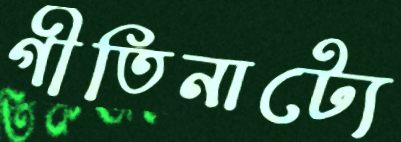
গীতিনাট্যে